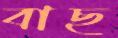
বাছ